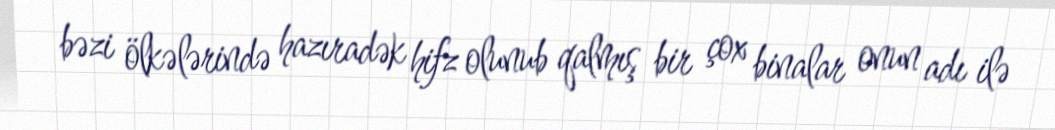
bəzi ölkələrində hazıradək hifz olunub qalmış bir çox binalar onun adı ilə